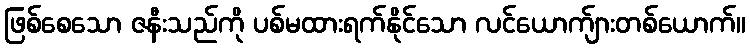
ဖြစ်စေသော ဇနီးသည်ကို ပစ်မထားရက်နိုင်သော လင်ယောက်ျားတစ်ယောက်။